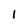
Character: I